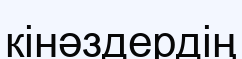
кінәздердің